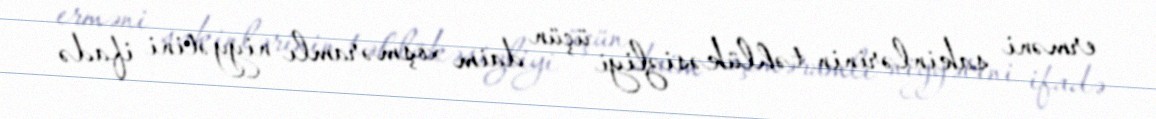
erməni sakinlərinin təhlükəsizliyi üçün daim xoşməramlı niyyətini ifadə